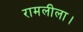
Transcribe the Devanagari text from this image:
रामलीला।